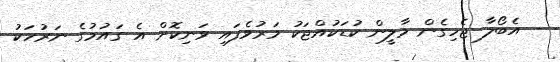
- އެބޯލާ ޖެހިގެން މާލީން ކުޑަކުއްޖަކު މަރުވެފައި ވަނިކޮށް އެ ގައުމުގެ ނަރުހަކު